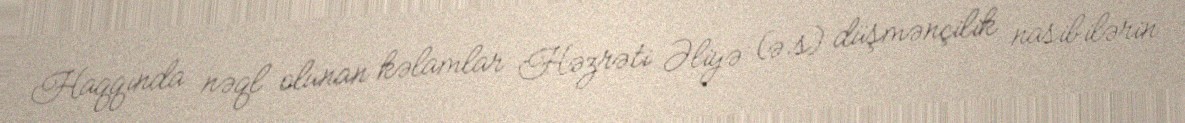
Haqqında nəql olunan kəlamlar Həzrəti Əliyə (ə.s) düşmənçilik nasibilərin